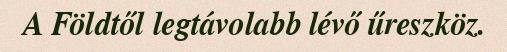
A Földtől legtávolabb lévő űreszköz.